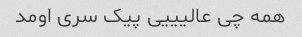
همه چی عالیییی پیک سری اومد